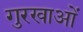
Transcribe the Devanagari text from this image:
गुरखाओं